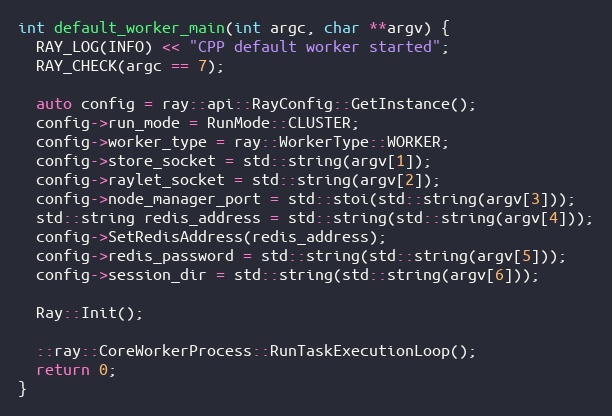
Language: C++
int default_worker_main(int argc, char **argv) {
  RAY_LOG(INFO) << "CPP default worker started";
  RAY_CHECK(argc == 7);

  auto config = ray::api::RayConfig::GetInstance();
  config->run_mode = RunMode::CLUSTER;
  config->worker_type = ray::WorkerType::WORKER;
  config->store_socket = std::string(argv[1]);
  config->raylet_socket = std::string(argv[2]);
  config->node_manager_port = std::stoi(std::string(argv[3]));
  std::string redis_address = std::string(std::string(argv[4]));
  config->SetRedisAddress(redis_address);
  config->redis_password = std::string(std::string(argv[5]));
  config->session_dir = std::string(std::string(argv[6]));

  Ray::Init();

  ::ray::CoreWorkerProcess::RunTaskExecutionLoop();
  return 0;
}